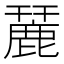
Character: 麉